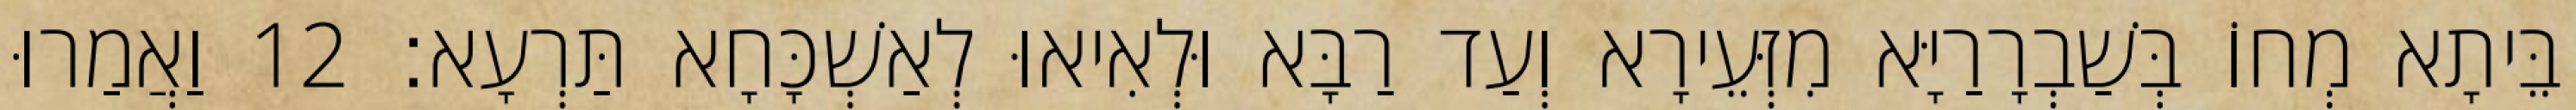
בֵּיתָא מְחוֹ בְּשַׁבְרָרַיָּא מִזְּעֵירָא וְעַד רַבָּא וּלְאִיאוּ לְאַשְׁכָּחָא תַּרְעָא׃ 12 וַאֲמַרוּ